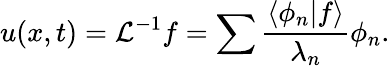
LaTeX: u(x,t)={\cal L}^{-1}f=\sum\frac{\langle\phi_{n}|f\rangle}{\lambda_{n}}\phi_{n}.